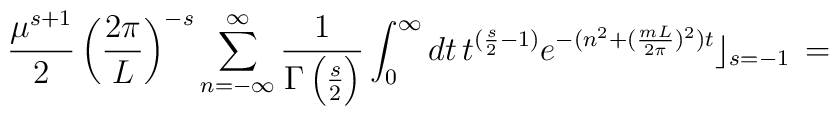
\frac{\mu^{s+1}}{2} \left(\frac{2\pi}{L}\right)^{-s}\sum_{n=-\infty}^{\infty}\frac{1}{\Gamma\left(\frac{s}{2}\right)}\int_0^{\infty}dt\,t^{(\frac{s}{2}-1)} e^{-(n^2+(\frac{mL}{2\pi})^2)t}\rfloor_{s=-1}\,=